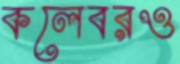
কলেবরও